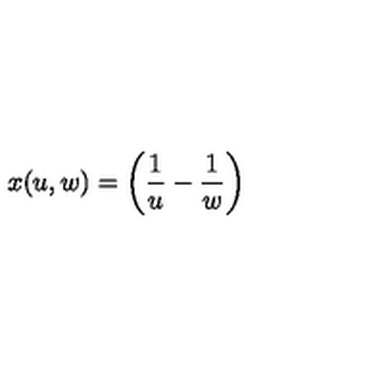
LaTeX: x ( u , w ) = \left( { \frac { 1 } { u } } - { \frac { 1 } { w } } \right)